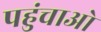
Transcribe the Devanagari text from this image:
पहुंचाओ